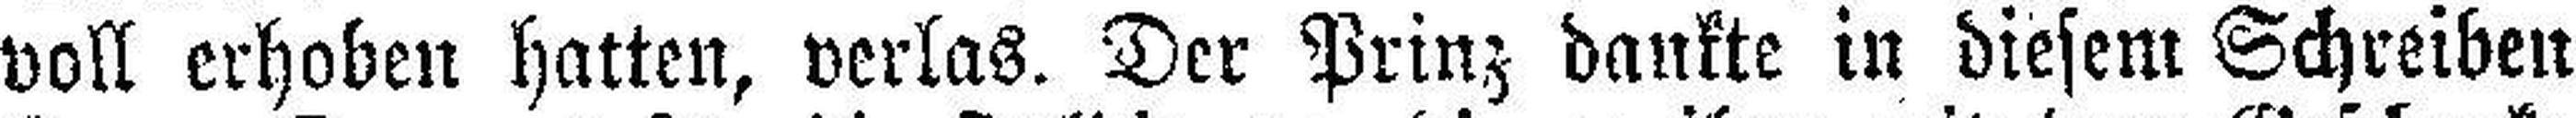
voll erhoben hatten, verlas. Der Prinz dankte in diesem Schreiben